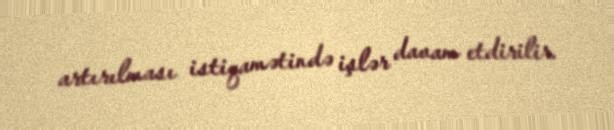
artırılması istiqamətində işlər davam etdirilir.